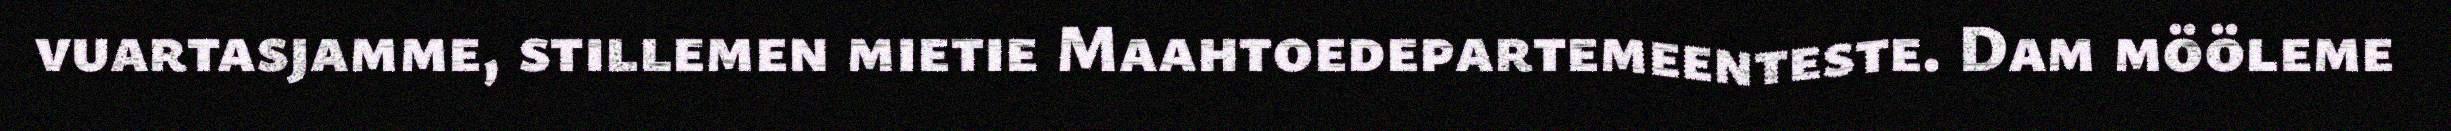
vuartasjamme, stillemen mietie Maahtoedepartemeenteste. Dam mööleme